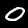
Digit: 0